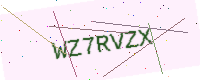
Text: WZ7RVZX